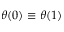
\theta ( 0 ) \equiv \theta ( 1 )